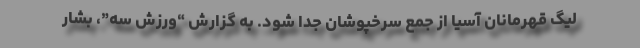
لیگ قهرمانان آسیا از جمع سرخپوشان جدا شود. به گزارش “ورزش سه”، بشار